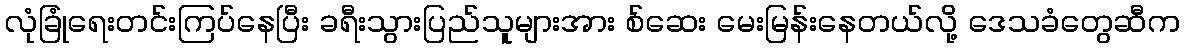
လုံခြုံရေးတင်းကြပ်နေပြီး ခရီးသွားပြည်သူများအား စ်ဆေး မေးမြန်းနေတယ်လို့ ဒေသခံတွေဆီက